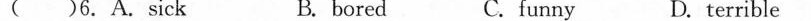
( ) 6.A.sick B.bored C.funny D.terrible